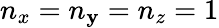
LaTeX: n_{x}=n_{\mathbf{y}}=n_{z}=1